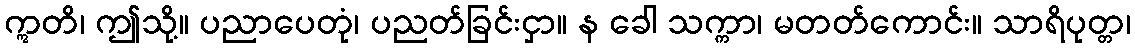
ဣတိ၊ ဤသို့။ ပညာပေတုံ၊ ပညတ်ခြင်းငှာ။ န ခေါ သက္ကာ၊ မတတ်ကောင်း။ သာရိပုတ္တ၊